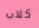
كلاب